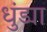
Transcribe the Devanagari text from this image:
धुंड्या